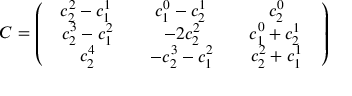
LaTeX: C = \left( \begin{array} { c c c } { { \begin{array} { c } { { c _ { 2 } ^ { 2 } - c _ { 1 } ^ { 1 } } } \end{array} \, } } & { { \begin{array} { c } { { c _ { 1 } ^ { 0 } - c _ { 2 } ^ { 1 } } } \end{array} \, } } & { { \begin{array} { c } { { c _ { 2 } ^ { 0 } } } \end{array} } } \\ { { \begin{array} { c } { { c _ { 2 } ^ { 3 } - c _ { 1 } ^ { 2 } } } \end{array} } } & { { \begin{array} { c } { { - 2 c _ { 2 } ^ { 2 } } } \end{array} } } & { { \begin{array} { c } { { c _ { 1 } ^ { 0 } + c _ { 2 } ^ { 1 } } } \end{array} \, } } \\ { { \begin{array} { c } { { c _ { 2 } ^ { 4 } } } \end{array} } } & { { \begin{array} { c } { { - c _ { 2 } ^ { 3 } - c _ { 1 } ^ { 2 } } } \end{array} } } & { { \begin{array} { c } { { c _ { 2 } ^ { 2 } + c _ { 1 } ^ { 1 } } } \end{array} } } \end{array} \right)